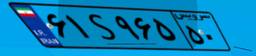
۶۱S۹۶۵۵۰